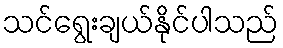
သင်ရွေးချယ်နိုင်ပါသည်